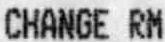
CHANGE RM